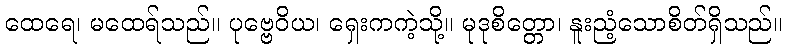
ထေရေ၊ မထေရ်သည်။ ပုဗ္ဗေဝိယ၊ ရှေးကကဲ့သို့။ မုဒုစိတ္တော၊ နူးညံ့သောစိတ်ရှိသည်။